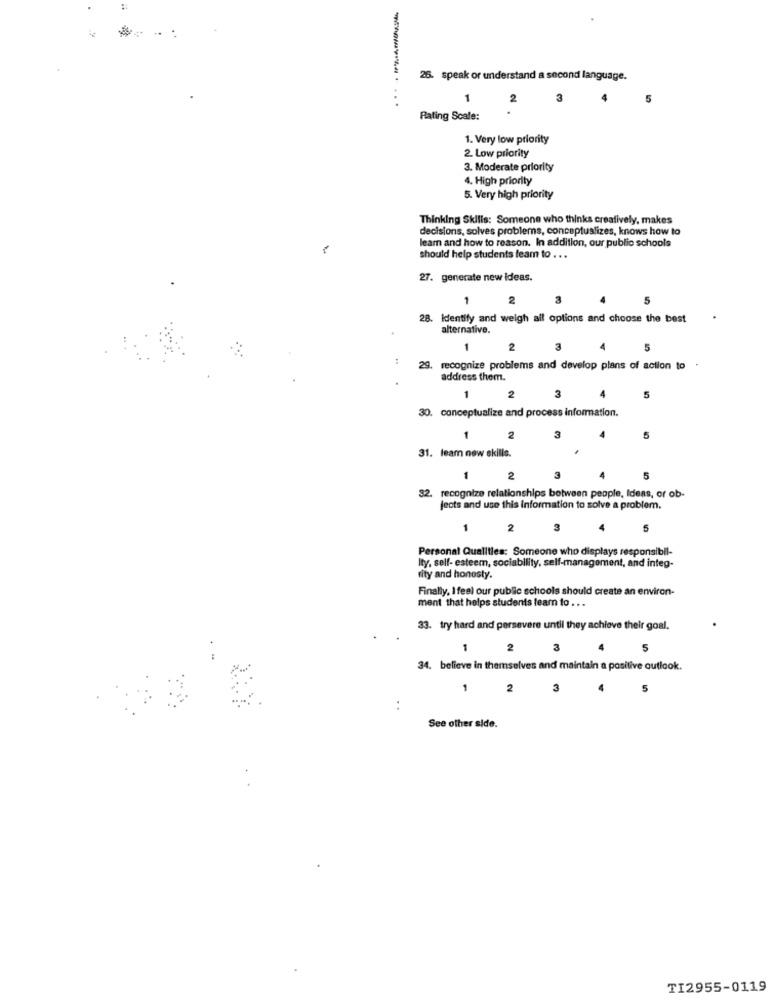
26. speak or understand a second language.
-
2
3
5
Rating Scale:
1. Very low priority
2. Low priority
3. Moderate priority
4. High priority
5. Very high priority
Thinking Skills: Someone who thinks creatively, makes
decisions, solves problems, conceptualizes, knows how to
learn and how to reason. In addition, our public schools
should help students feam to . . .
27. generate new Ideas.
1
5
28. Identify and weigh all options and choose the best
alternative.
2
29. recognize problems and develop plans of action to
address them.
3
5
30. conceptualize and process information.
3
5
31. learn new skills.
1
2
3
32. recognize relationships between people, Ideas, or ob-
jects and use this information to solve a problem.
1
2
3
5
Personal Qualities: Someone who displays responsibil-
Ity, self- esteem, sociability, self-management, and integ-
rity and honesty.
Finally, I feel our public schools should create an environ-
ment that helps students learn to . . .
33. try hard and persevere until they achieve their goal.
1
2
3
5
34. believe in themselves and maintain a positive outlook.
1
2
3
:
See other side.
TI2955-0119